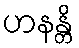
ဟနန္တိ